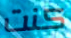
كنت